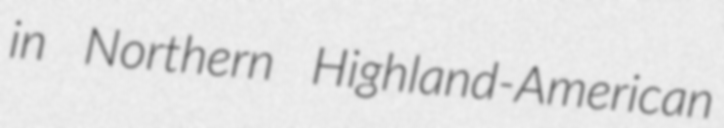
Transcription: in Northern Highland-American